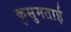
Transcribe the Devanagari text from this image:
कुसुमताई